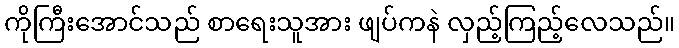
ကိုကြီးအောင်သည် စာရေးသူအား ဖျပ်ကနဲ လှည့်ကြည့်လေသည်။